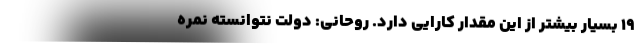
۱۹ بسیار بیشتر از این مقدار کارایی دارد. روحانی: دولت نتوانسته نمره